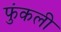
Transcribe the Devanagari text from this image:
फुंकली